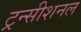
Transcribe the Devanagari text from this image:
ट्रन्सीशनल